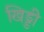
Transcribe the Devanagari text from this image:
खिड्डी